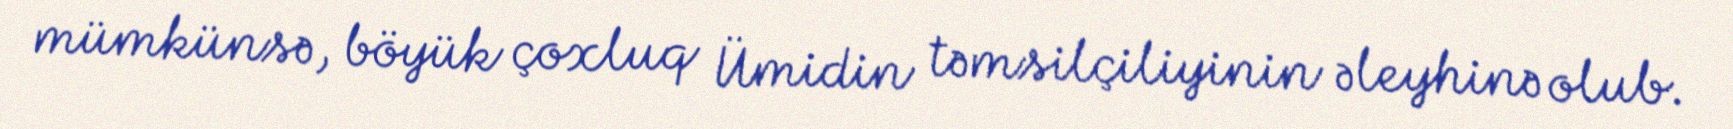
mümkünsə, böyük çoxluq Ümidin təmsilçiliyinin əleyhinə olub.